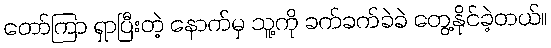
တော်ကြာ ရှာပြီးတဲ့ နောက်မှ သူ့ကို ခက်ခက်ခဲခဲ တွေ့နိုင်ခဲ့တယ်။